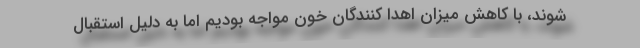
شوند، با کاهش میزان اهدا کنندگان خون مواجه بودیم اما به دلیل استقبال